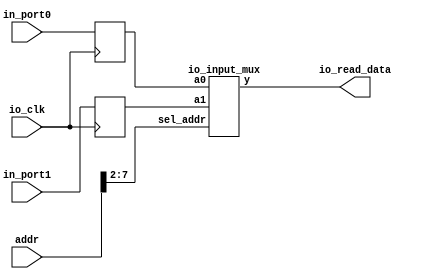
module io_input_reg(addr, io_clk, io_read_data, in_port0, in_port1); 
//inport ioreg 
    input [31:0] addr; 
    input io_clk; 
    input [31:0] in_port0,in_port1;
    output [31:0] io_read_data; 
 
    reg [31:0] in_reg0;     // input port0 
    reg [31:0] in_reg1;     // input port1 
	
 
    io_input_mux io_imput_mux2x32(in_reg0,in_reg1,addr[7:2],io_read_data); 

    always @(posedge io_clk)  
    begin           
        in_reg0 <= in_port0;   //  io_clk            
        in_reg1 <= in_port1;   //  io_clk  
            // more ports 
 
    end 
endmodule  
 
 

module io_input_mux(a0, a1, sel_addr, y);     
    input [31:0] a0, a1;     
    input [5:0] sel_addr;
	 
    output [31:0] y;
	 
    reg [31:0] y;
	 
    always @*     
    case (sel_addr) 
       6'b100000: y = a0;        
       6'b100001: y = a1;  
		 default: y = 32'h0;   
       // more ports         
	endcase
	
endmodule